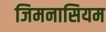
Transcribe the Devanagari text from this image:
जिमनासियम